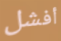
أفشل